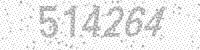
Solution: 514264